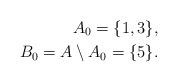
LaTeX: \begin{align*}A_0=\{1, 3\}, \\B_0=A\setminus A_0=\{5\}.\end{align*}